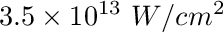
3 . 5 \times 1 0 ^ { 1 3 } ~ W / c m ^ { 2 }